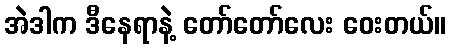
အဲဒါက ဒီနေရာနဲ့ တော်တော်လေး ဝေးတယ်။